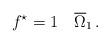
LaTeX: \begin{align*} f^\star=1\quad\overline\Omega_1\,. \end{align*}